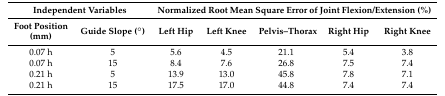
<table><thead><tr><td colspan="2"><b>Independent Variables</b></td><td colspan="5"><b>Normalized Root Mean Square Error of Joint Flexion/Extension (%)</b></td></tr><tr><td><b>Foot Position (mm)</b></td><td><b>Guide Slope (°)</b></td><td><b>Left Hip</b></td><td><b>Left Knee</b></td><td><b>Pelvis–Thorax</b></td><td><b>Right Hip</b></td><td><b>Right Knee</b></td></tr></thead><tbody><tr><td>0.07 h</td><td>5</td><td>5.6</td><td>4.5</td><td>21.1</td><td>5.4</td><td>3.8</td></tr><tr><td>0.07 h</td><td>15</td><td>8.4</td><td>7.6</td><td>26.8</td><td>7.5</td><td>7.4</td></tr><tr><td>0.21 h</td><td>5</td><td>13.9</td><td>13.0</td><td>45.8</td><td>7.8</td><td>7.1</td></tr><tr><td>0.21 h</td><td>15</td><td>17.5</td><td>17.0</td><td>44.8</td><td>7.4</td><td>7.4</td></tr></tbody></table>